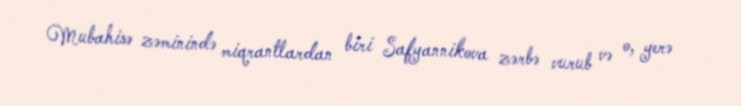
Mubahisə zəminində miqrantlardan biri Safyannikova zərbə vurub və o, yerə